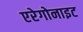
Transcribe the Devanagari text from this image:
एरेगोनाइट